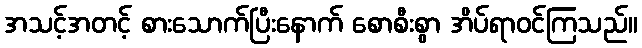
အသင့်အတင့် စားသောက်ပြီးနောက် စောစီးစွာ အိပ်ရာဝင်ကြသည်။